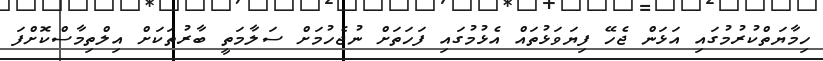
ހިމާޔަތްކުރުމުގައި އަޅަން ޖެހޭ ފިޔަވަޅުތައް އެޅުމުގައި ފަހަތަށް ނުޖެހުމަށް ސަލާމަތީ ބާރުތަކަށް އިލްތިމާސްކޮށްފަ